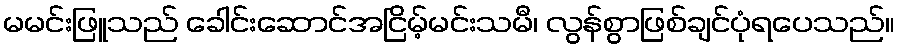
မမင်းဖြူသည် ခေါင်းဆောင်အငြိမ့်မင်းသမီ၊ လွန်စွာဖြစ်ချင်ပုံရပေသည်။